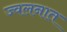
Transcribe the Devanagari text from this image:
ज्वलनात